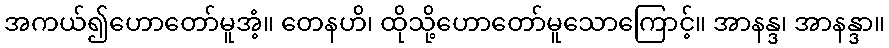
အကယ်၍ဟောတော်မူအံ့။ တေနဟိ၊ ထိုသို့ဟောတော်မူသောကြောင့်။ အာနန္ဒ၊ အာနန္ဒာ။